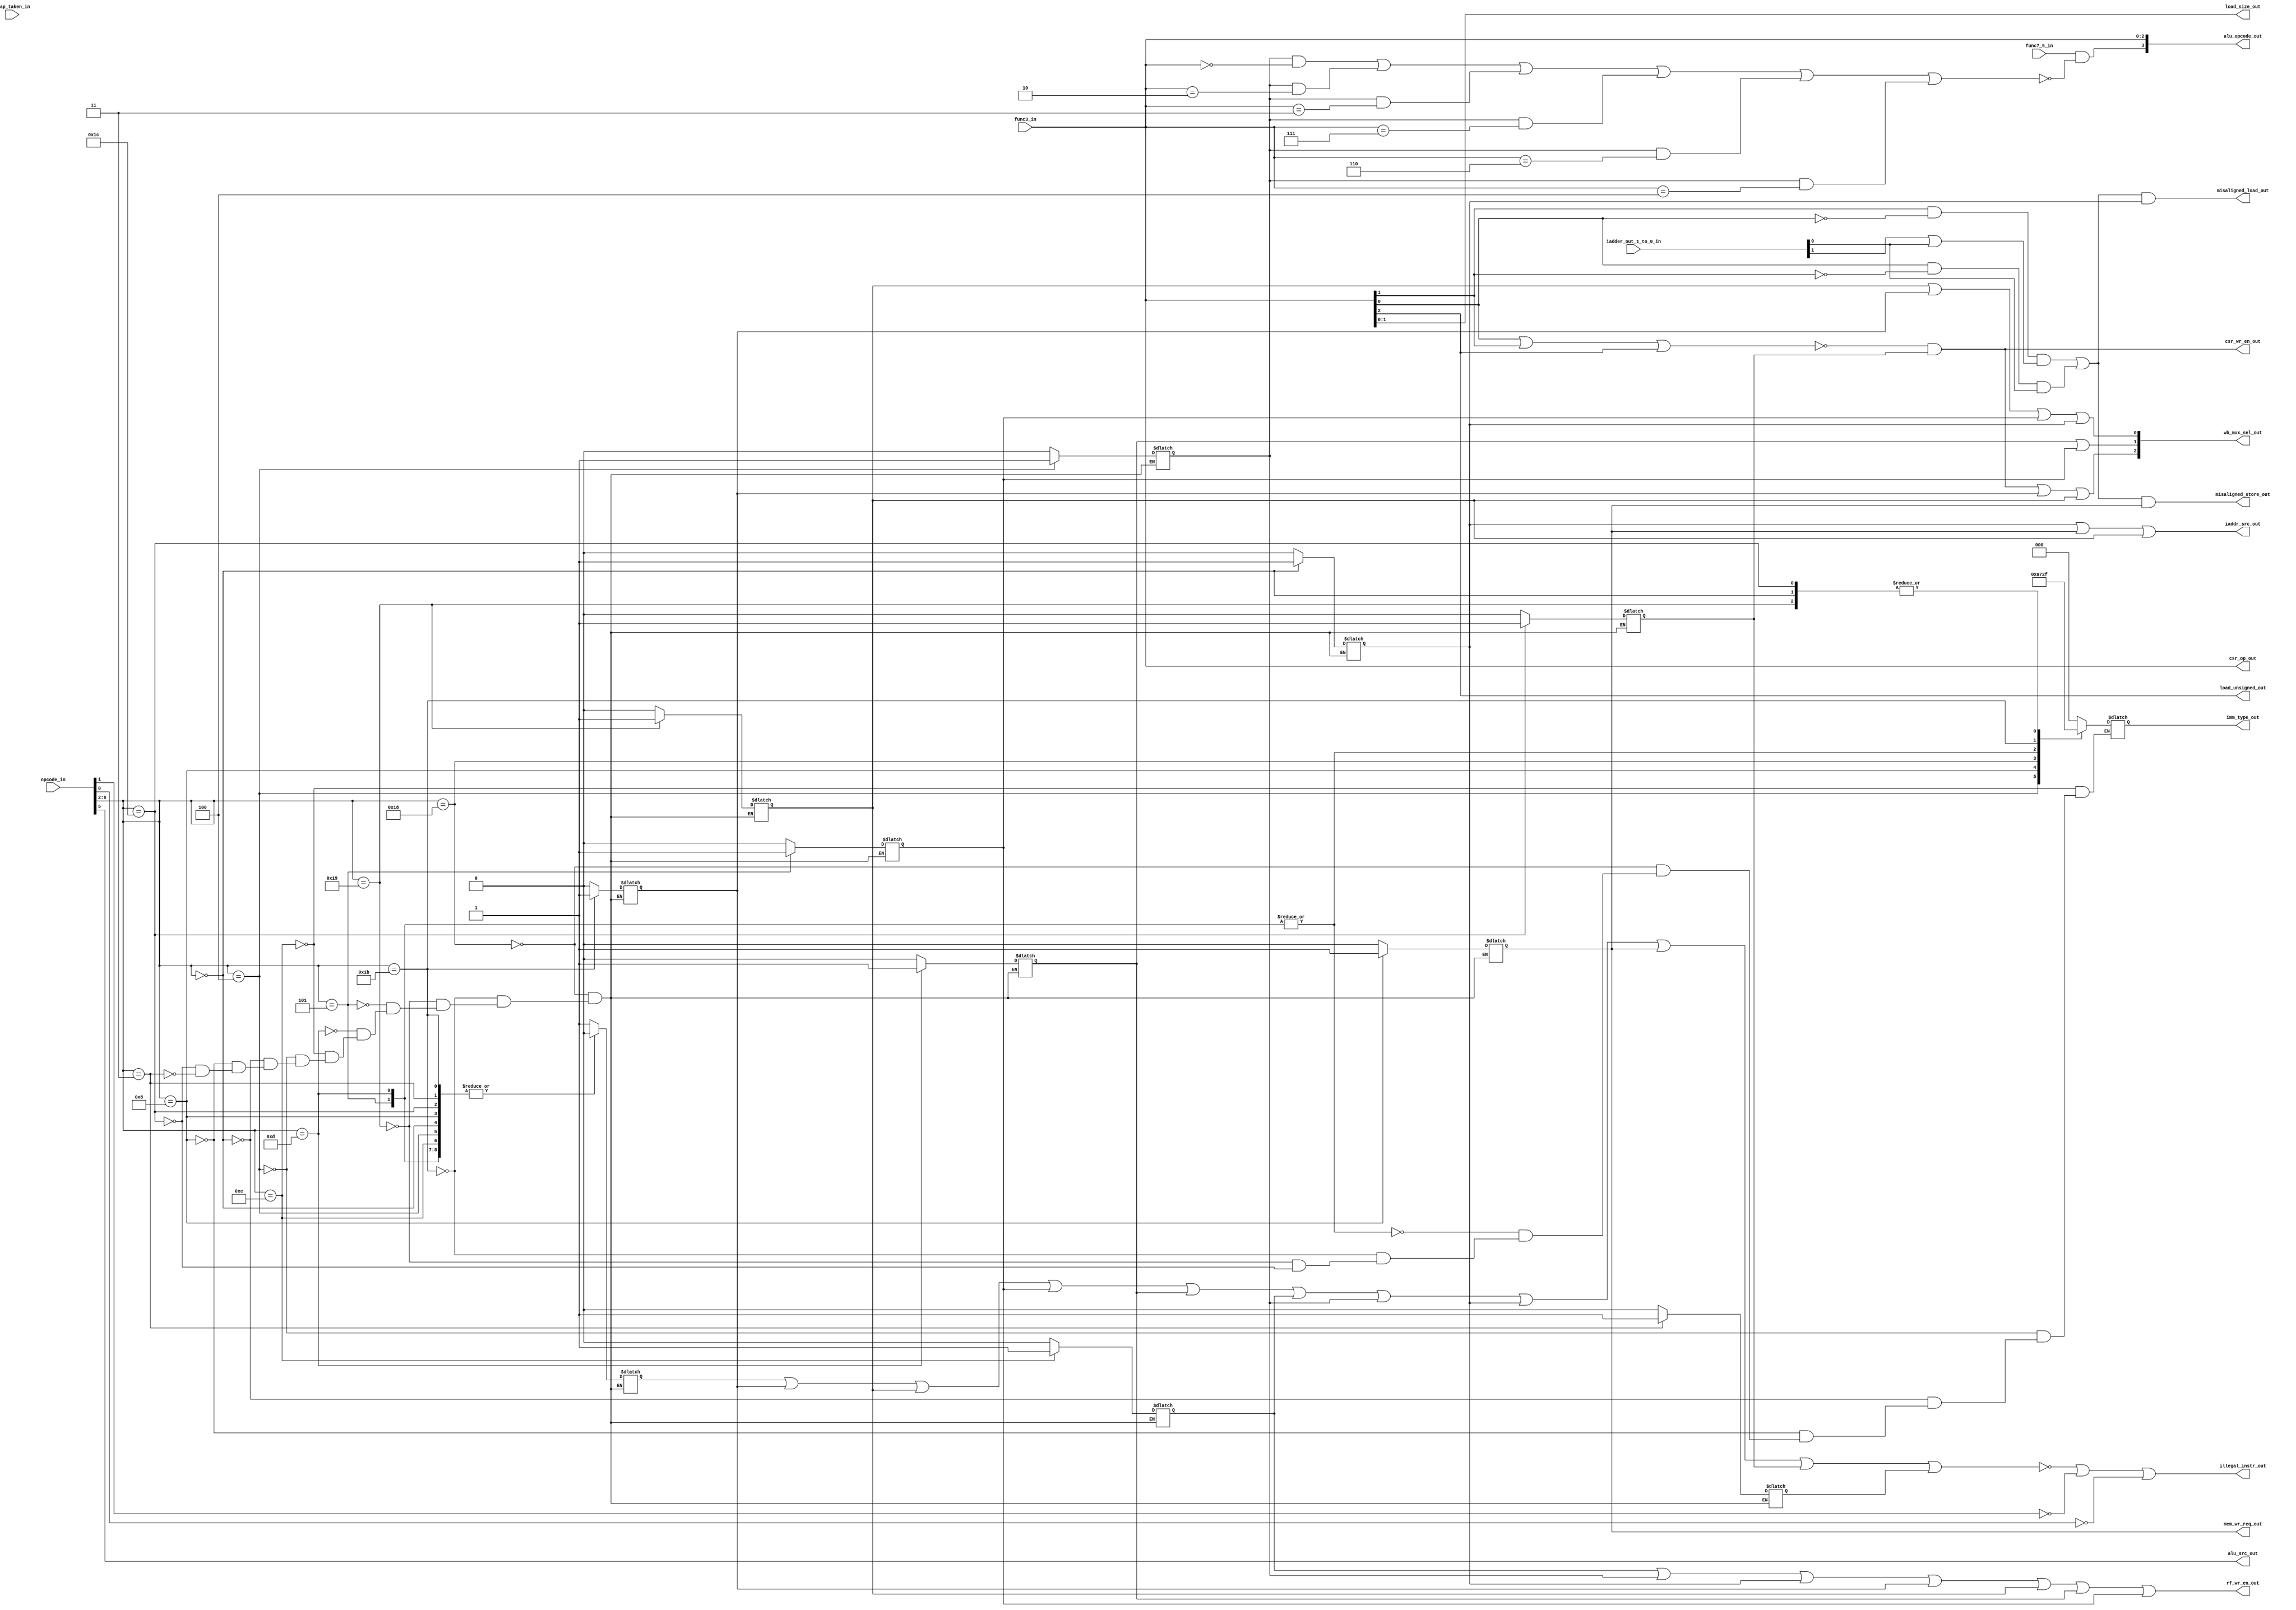
module msrv32_decoder(trap_taken_in,func7_5_in, opcode_in,func3_in, iadder_out_1_to_0_in,wb_mux_sel_out,imm_type_out,csr_op_out,mem_wr_req_out,alu_opcode_out,load_size_out,load_unsigned_out,alu_src_out,iaddr_src_out,csr_wr_en_out,rf_wr_en_out,illegal_instr_out,misaligned_load_out,misaligned_store_out);

input trap_taken_in;
input func7_5_in;
input [6:0] opcode_in;
input [2:0] func3_in;
input [1:0] iadder_out_1_to_0_in;

output [2:0] wb_mux_sel_out; // pending
output reg [2:0] imm_type_out;
output [2:0] csr_op_out;
output mem_wr_req_out;
output [3:0] alu_opcode_out;
output [1:0] load_size_out;
output load_unsigned_out;
output alu_src_out; 
output iaddr_src_out; 
output csr_wr_en_out; 
output rf_wr_en_out;
output illegal_instr_out;
output misaligned_load_out;
output  misaligned_store_out;

reg is_branch ,is_jal,is_jalr,is_auipc,is_lui,is_op,is_op_imm,is_load,is_store,is_system,is_misc_mem;

wire is_csr;

wire is_addi, is_slti, is_sltiu, is_andi, is_ori, is_xori;

wire is_implemented_instr; 

wire misalignment, mal_word,mal_half_word; // CHANGED BY VIJJU
  /*is_branch 	= 5'b11000,
	is_jal		= 5'b11011,
	is_jalr		= 5'b11001,
	is_auipc	= 5'b00101,
	is_lui		= 5'b01101,
	is_op		= 5'b01100,
	is_op_imm	= 5'b00100,
	is_load		= 5'b00000,
	is_store	= 5'b01000,
	is_system	= 5'b11100,
	is_misc_mem	= 5'b00011;*/
	
always@(*)
begin
	case(opcode_in[6:2])
		5'b11000	:	begin
							is_branch=1;
							{is_jal,is_jalr,is_auipc,is_lui,is_op,is_op_imm,is_load,is_store,is_system,is_misc_mem}=0;
						end
		5'b11011	: 	begin
							is_jal=1;
							{is_branch,is_jalr,is_auipc,is_lui,is_op,is_op_imm,is_load,is_store,is_system,is_misc_mem}=0;
						end
		5'b11001	: 	begin
							is_jalr=1;
							{is_branch ,is_jal,is_auipc,is_lui,is_op,is_op_imm,is_load,is_store,is_system,is_misc_mem}=0;
						end
		5'b00101	: 	begin
							is_auipc=1;
							{is_branch ,is_jal,is_jalr,is_lui,is_op,is_op_imm,is_load,is_store,is_system,is_misc_mem}=0;	
						end
		5'b01101	: 	begin	
							is_lui=1;
							{is_branch ,is_jal,is_jalr,is_auipc,is_op,is_op_imm,is_load,is_store,is_system,is_misc_mem}=0;	
						end
		5'b01100	: 	begin
							is_op=1;
							{is_branch ,is_jal,is_jalr,is_auipc,is_lui,is_op_imm,is_load,is_store,is_system,is_misc_mem}=0;	
						end
		5'b00100	: 	begin
							is_op_imm=1;
							{is_branch ,is_jal,is_jalr,is_auipc,is_lui,is_op,is_load,is_store,is_system,is_misc_mem}=0;
						end
		5'b00000	: 	begin
							is_load=1;
							{is_branch ,is_jal,is_jalr,is_auipc,is_lui,is_op,is_op_imm,is_store,is_system,is_misc_mem}=0;
						end
		5'b01000	: 	begin
							is_store=1;
							{is_branch ,is_jal,is_jalr,is_auipc,is_lui,is_op,is_op_imm,is_load,is_system,is_misc_mem}=0;
						end
		5'b11100	: 	begin
							is_system=1;
							{is_branch ,is_jal,is_jalr,is_auipc,is_lui,is_op,is_op_imm,is_load,is_store,is_misc_mem}=0;		
						end
		5'b00011	: 	begin
							is_misc_mem=1;
							{is_branch ,is_jal,is_jalr,is_auipc,is_lui,is_op,is_op_imm,is_load,is_store,is_system}=0;
						end
		endcase	
end
	
assign is_addi  = (is_op_imm & (func3_in == 3'b000));// ? 1:0;	
assign is_slti  = (is_op_imm & (func3_in == 3'b010));// ? 1:0;	
assign is_sltiu = (is_op_imm & (func3_in == 3'b011));// ? 1:0;	
assign is_andi  = (is_op_imm & (func3_in == 3'b111));// ? 1:0;	
assign is_ori   = (is_op_imm & (func3_in == 3'b110));// ? 1:0;	
assign is_xori  = (is_op_imm & (func3_in == 3'b100));// ? 1:0;	


assign  alu_opcode_out[3] = (func7_5_in & !(is_addi | is_slti | is_sltiu | is_andi | is_ori | is_xori));

assign alu_opcode_out[2:0] = func3_in[2:0];
 
assign csr_op_out = func3_in;

assign is_implemented_instr = (is_branch | is_jal | is_jalr | is_auipc | is_lui | is_op | is_op_imm | is_load | is_store | is_system | is_misc_mem);

assign illegal_instr_out = (!is_implemented_instr) | (!opcode_in[1]) | (!opcode_in[0]);

assign csr_wr_en_out = is_csr;

assign rf_wr_en_out = (is_op | is_op_imm | is_load | is_jal | is_jalr | is_lui | is_auipc);
/*	
always@(*)
begin
	if(opcode_in == 7'b0000011)
	begin
		case(func3_in)
			
			3'b000	:	misaligned_load_out = 0; // load byte
			3'b001	:	if(iadder_out_1_to_0_in[0] == 0) // load half word
							misaligned_load_out = 0;
						else
							misaligned_load_out = 1;
			3'b010	:	if(iadder_out_1_to_0_in[1:0] == 2'b00)// load word
							misaligned_load_out = 0;
						else
							misaligned_load_out = 1; 
							
			3'b100	:	misaligned_load_out = 0;// load unsigned byte
			3'b101	:	if(iadder_out_1_to_0_in[0] == 0) // load half unsigned word
							misaligned_load_out = 0;
						else
							misaligned_load_out = 1;
		endcase	
	end
end	
*/
//CHANGED BY VIJJU
// misalignment of load and store 
assign mal_word = func3_in[1] & ~func3_in[0] & (iadder_out_1_to_0_in[1]|iadder_out_1_to_0_in[0]);
assign mal_half_word = func3_in[0] & ~func3_in[1] & (iadder_out_1_to_0_in[0]);
assign misaligned = mal_word | mal_half_word;
assign misaligned_store_out= misaligned & is_store;
assign misaligned_load_out= misaligned & is_load;

assign load_size_out =func3_in [1:0];  // load_size_out is the same as last 2bits of func3_in

assign load_unsigned_out = func3_in[2]; // load_unsigned_out is the same as the last bit of func3_in

 // alu_src_out depends on 5th bit of opcode_in
assign alu_src_out = (opcode_in[5]);
	
/// misaligned_store_out logic
/*always@(*)
begin
	if(opcode_in == 7'b0100011)
	begin
		case(func3_in)
			3'b000	:	misaligned_store_out = 0;
			3'b001	:	if(iadder_out_1_to_0_in[0]==0)
							misaligned_store_out = 0;
						else
							misaligned_store_out = 1;
			3'b010	:	if(iadder_out_1_to_0_in[1:0] == 0)
							misaligned_store_out = 0;
						else
							misaligned_store_out = 1;
		endcase
	end
end
*/

/* IMM type out logic
3'b000 R_TYPE
3'b001 I_TYPE
3'b010 S_TYPE
3'b011 B_TYPE
3'b100 U_TYPE
3'b101 J_TYPE
3'b110 CSR_TYPE
3'b111 I_TYPE
*/

always@(*)
begin
	case(opcode_in[6:2])
	5'b01100	:	imm_type_out = 3'b000; // reg
	5'b00100	:	imm_type_out = 3'b001; // immediate 
	5'b00000	:	imm_type_out = 3'b111; // immediate
	5'b01000	:	imm_type_out = 3'b010; // store type
	5'b11000	:	imm_type_out = 3'b011; // branch type
	5'b01101, 5'b00101 	:	imm_type_out = 3'b100; // u type
	5'b11011	:	imm_type_out = 3'b101; // jump
	5'b11001	:	imm_type_out = 3'b111; // I type
	5'b11100	:	imm_type_out = 3'b111; // i type
	endcase
end	

assign mem_wr_req_out = is_store;

assign is_csr = !(func3_in[0] | func3_in[1] | func3_in[2]) & is_system;


assign iaddr_src_out= is_load| is_store| is_jalr ; 

/// wb_mux_sel_out logic
/*wb_mux_sel_reg_in Values 	description
	000						WB_MUX
	001						WB_LU
	010						WB_IMM
	011						WB_IADDER_OUT
	100						WB_CSR
	101						WB_PC_PLUS
*/
/*
 WB_MUX_SEL_OUT       |    
____________________________________________________________________________________________________________________________________________
    000  WB_MUX/ALU      |  {is_op, is_op_imm}
    001  WB_LU           |  {[is_load, is_op, is_op_imm, is_lui, is_auipc]}
    010  WB_IMM(imm)  |  {[  is_op_imm, is_store, is_jalr, is_load]}
    
    011  WB_IADER_OUT(pc/rs+ imm) |  { is_op_imm, is_branch, is_jal, is_jalr, is_auipc}
    
    100  WB_CSR          |  { [is_csr]} 
    101  WB_PC_PLUS      |  { [is_branch, is_jal, is_jalr, is_auipc, is_lui, is_csr]} 
__________________________________________________________________________
    000  WB_MUX          |	{}
    001  WB_LU           |  {[ is_load, is_op is_op_imm]}
    010  WB_IMM          |  {[ [1] => ]}
    011  WB_IADER_OUT    |  {[ [1] => is_branch, is_jal, is_jalr, is_lui, is_auipc]}
							{[LSB => is_branch, is_jal, is_jalr, is_lui, is_auipc]}
							pc+ imm rs+imm
	
    100  WB_CSR          |  { [MSB => is_csr]} 
    101  WB_PC_PLUS      |  { [MSB => is_jal, is_jalr, is_auipc, is_lui, is_csr]} 
							{ [LSB => is_jal, is_jalr, is_auipc, is_lui, is_csr ]}
*/

assign wb_mux_sel_out [0] = is_jalr|is_jal | is_auipc | is_load ; //CHANGED BY VIJJU

assign wb_mux_sel_out [1] = is_lui | is_auipc; //CHANGED BY VIJJU

assign wb_mux_sel_out [2] = is_csr | is_jal|is_jalr ; //CHANGED BY VIJJU


endmodule